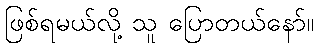
ဖြစ်ရမယ်လို့ သူ ပြောတယ်နော်။